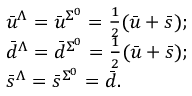
\begin{array} { l l l c } { { \bar { u } ^ { \Lambda } = \bar { u } ^ { \Sigma ^ { 0 } } = \frac { 1 } { 2 } ( \bar { u } + \bar { s } ) ; } } \\ { { \bar { d } ^ { \Lambda } = \bar { d } ^ { \Sigma ^ { 0 } } = \frac { 1 } { 2 } ( \bar { u } + \bar { s } ) ; } } \\ { { \bar { s } ^ { \Lambda } = \bar { s } ^ { \Sigma ^ { 0 } } = \bar { d } . } } \end{array}